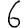
Digit: 6